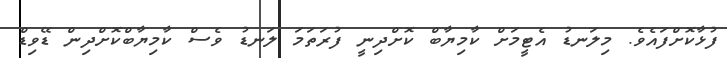
ފުޅާކޮށްފައެވެ. މިލަނޑު އެޓީމަށް ކާމިޔާބް ކޮށްދިނީ ފުރަތަމަ ލަނޑު ވެސް ކާމިޔާބްކޮށްދިން ޑޭވިޑް